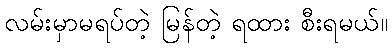
လမ်းမှာမရပ်တဲ့ မြန်တဲ့ ရထား စီးရမယ်။